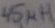
Text: 45µH